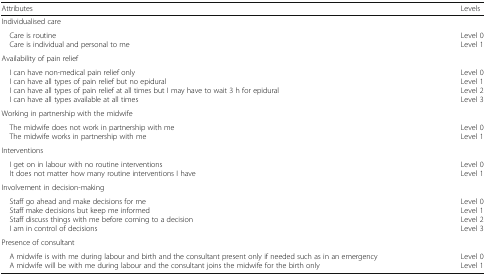
<table><thead><tr><td><b>Attributes</b></td><td><b>Levels</b></td></tr></thead><tbody><tr><td colspan="2">Individualised care</td></tr><tr><td> Care is routine Care is individual and personal to me</td><td>Level 0Level 1</td></tr><tr><td colspan="2">Availability of pain relief</td></tr><tr><td> I can have non-medical pain relief only I can have all types of pain relief but no epidural I can have all types of pain relief at all times but I may have to wait 3 h for epidural I can have all types available at all times</td><td>Level 0Level 1Level 2Level 3</td></tr><tr><td colspan="2">Working in partnership with the midwife</td></tr><tr><td> The midwife does not work in partnership with me The midwife works in partnership with me</td><td>Level 0Level 1</td></tr><tr><td colspan="2">Interventions</td></tr><tr><td> I get on in labour with no routine interventions It does not matter how many routine interventions I have</td><td>Level 0Level 1</td></tr><tr><td colspan="2">Involvement in decision-making</td></tr><tr><td> Staff go ahead and make decisions for me Staff make decisions but keep me informed Staff discuss things with me before coming to a decision I am in control of decisions</td><td>Level 0Level 1Level 2Level 3</td></tr><tr><td colspan="2">Presence of consultant</td></tr><tr><td> A midwife is with me during labour and birth and the consultant present only if needed such as in an emergency A midwife will be with me during labour and the consultant joins the midwife for the birth only</td><td>Level 0Level 1</td></tr></tbody></table>